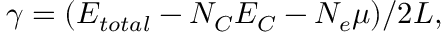
\gamma = ( E _ { t o t a l } - N _ { C } E _ { C } - N _ { e } \mu ) / 2 L ,